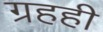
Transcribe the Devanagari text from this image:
ग्रहही